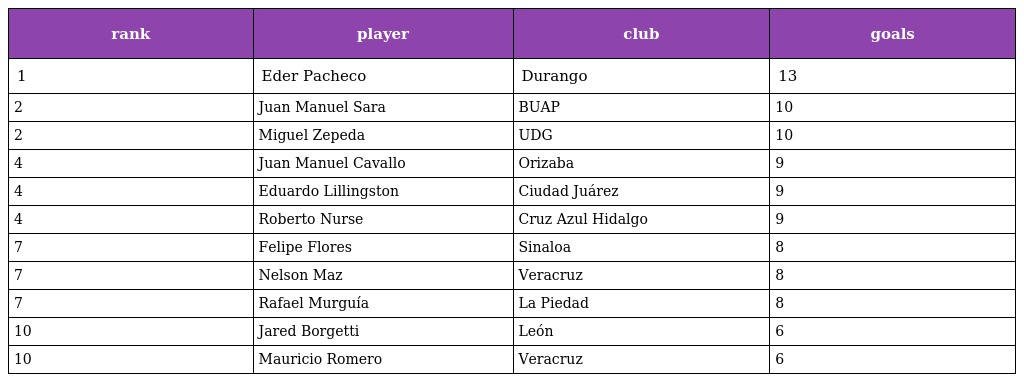
| rank | player | club | goals |
 | --- | --- | --- | --- |
 | 1 | Eder Pacheco | Durango | 13 |
 | 2 | Juan Manuel Sara | BUAP | 10 |
 | 2 | Miguel Zepeda | UDG | 10 |
 | 4 | Juan Manuel Cavallo | Orizaba | 9 |
 | 4 | Eduardo Lillingston | Ciudad Juárez | 9 |
 | 4 | Roberto Nurse | Cruz Azul Hidalgo | 9 |
 | 7 | Felipe Flores | Sinaloa | 8 |
 | 7 | Nelson Maz | Veracruz | 8 |
 | 7 | Rafael Murguía | La Piedad | 8 |
 | 10 | Jared Borgetti | León | 6 |
 | 10 | Mauricio Romero | Veracruz | 6 |